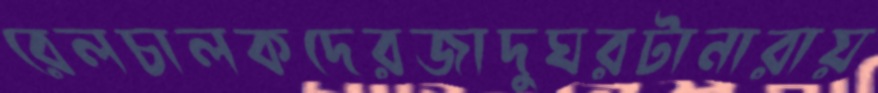
রেলচালকদেরজাদুঘরটানারায়